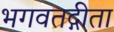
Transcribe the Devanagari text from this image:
भगवतद्गीता